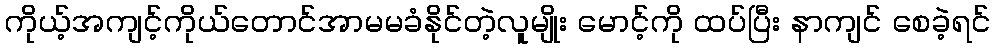
ကိုယ့်အကျင့်ကိုယ်တောင်အာမမခံနိုင်တဲ့လူမျိုး မောင့်ကို ထပ်ပြီး နာကျင် စေခဲ့ရင်